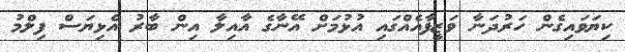
ކިޔަވައިގެން ހަރުދަނާ ވަޒީފާއެއްގައި އުޅުމަށް އޭނާގެ އާއިލާ އިން ބާރު އެޅިޔަސް ފިލްމު